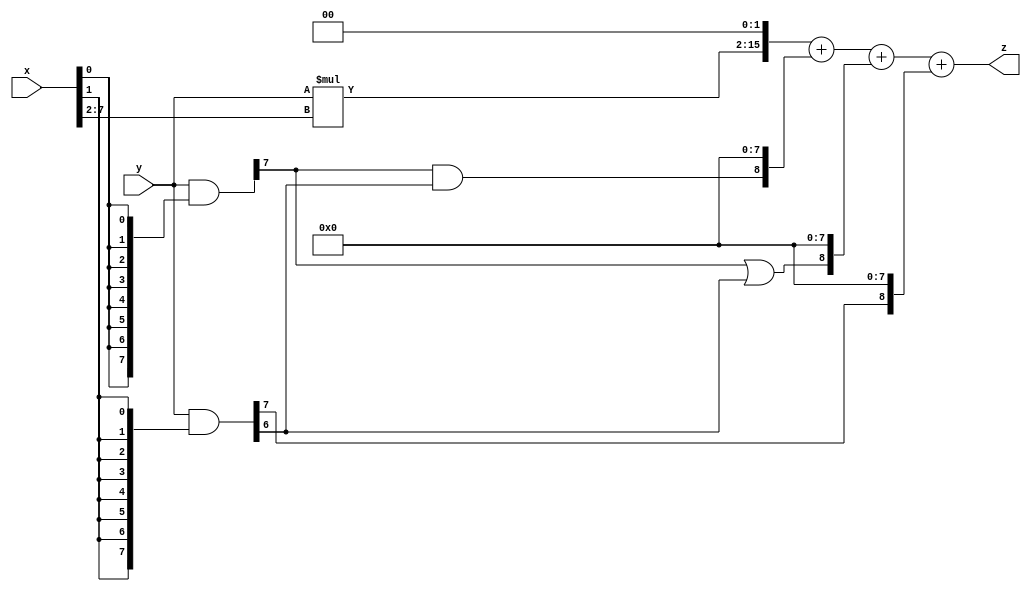
// terms: 3
// fval:  16779.25

module unsigned_8x8_l2_lamb4000_4 (
	input [7:0] x,
	input [7:0] y,
	output [15:0] z
);

wire [13:0] tmp_z = y*x[7:2];

wire [7:0] part1 =  y & {8{x[0]}};
wire [7:0] part2 =  y & {8{x[1]}};

wire [8:0] new_part1;
assign new_part1[0] = 0;
assign new_part1[1] = 0;
assign new_part1[2] = 0;
assign new_part1[3] = 0;
assign new_part1[4] = 0;
assign new_part1[5] = 0;
assign new_part1[6] = 0;
assign new_part1[7] = 0;
assign new_part1[8] = part1[7] & part2[6];

wire [8:0] new_part2;
assign new_part2[0] = 0;
assign new_part2[1] = 0;
assign new_part2[2] = 0;
assign new_part2[3] = 0;
assign new_part2[4] = 0;
assign new_part2[5] = 0;
assign new_part2[6] = 0;
assign new_part2[7] = 0;
assign new_part2[8] = part1[7] | part2[6];

wire [8:0] new_part3;
assign new_part3[0] = 0;
assign new_part3[1] = 0;
assign new_part3[2] = 0;
assign new_part3[3] = 0;
assign new_part3[4] = 0;
assign new_part3[5] = 0;
assign new_part3[6] = 0;
assign new_part3[7] = 0;
assign new_part3[8] = part2[7];

assign z = {tmp_z, 2'd 0} + new_part1 + new_part2 + new_part3;
endmodule